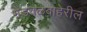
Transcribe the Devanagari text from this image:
भेंडवळबाहेरील